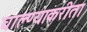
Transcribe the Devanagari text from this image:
घाल्ण्याकरीता